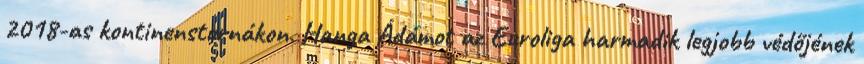
2018-as kontinenstornákon. Hanga Ádámot az Euroliga harmadik legjobb védőjének